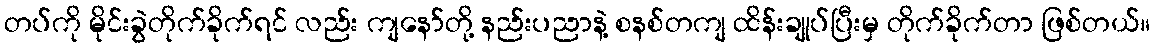
တပ်ကို မိုင်းခွဲတိုက်ခိုက်ရင် လည်း ကျနော်တို့ နည်းပညာနဲ့ စနစ်တကျ ထိန်းချုပ်ပြီးမှ တိုက်ခိုက်တာ ဖြစ်တယ်။